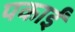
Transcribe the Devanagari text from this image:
पकाईं